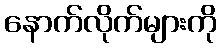
နောက်လိုက်များကို